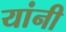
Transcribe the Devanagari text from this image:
यांनी